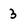
Character: 3